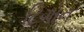
ટિગોન